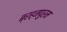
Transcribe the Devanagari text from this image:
ब्रह्मपुरम